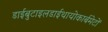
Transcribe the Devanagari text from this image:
डाईबुटाइलडाईथायोकार्बमेटों